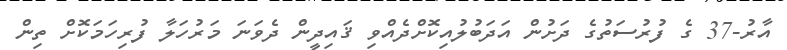
އާރު-37 ގެ ފުރުސަތުގެ ދަށުން އަދަބުލުއިކޮށްދެއްވި ޤައިދީން ދެވަނަ މަރުހަލާ ފުރިހަމަކޮށް ތިން